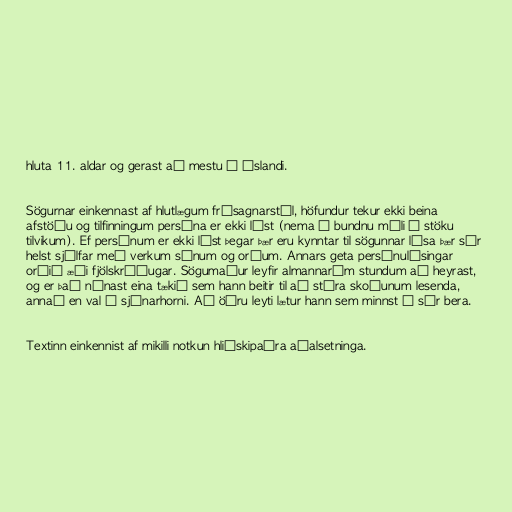
hluta 11. aldar og gerast að mestu á Íslandi.

Sögurnar einkennast af hlutlægum frásagnarstíl, höfundur tekur ekki beina
afstöðu og tilfinningum persóna er ekki lýst (nema í bundnu máli í stöku
tilvikum). Ef persónum er ekki lýst þegar þær eru kynntar til sögunnar lýsa þær sér
helst sjálfar með verkum sínum og orðum. Annars geta persónulýsingar
orðið æði fjölskrúðugar. Sögumaður leyfir almannaróm stundum að heyrast,
og er það nánast eina tækið sem hann beitir til að stýra skoðunum lesenda,
annað en val á sjónarhorni. Að öðru leyti lætur hann sem minnst á sér bera.

Textinn einkennist af mikilli notkun hliðskipaðra aðalsetninga.